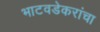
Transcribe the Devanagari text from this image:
भाटवडेकरांचा